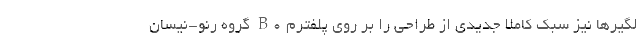
لگیرها نیز سبک کاملا جدیدی از طراحی را بر روی پلفترم B0 گروه رنو-نیسان